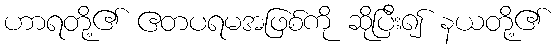
ဟာရတို့၏ ဧတပရမအဖြစ်ကို ဆိုပြီး၍ နယတို့၏